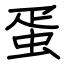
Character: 蛋